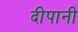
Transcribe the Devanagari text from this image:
दीपानी